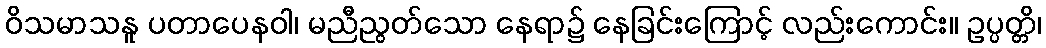
ဝိသမာသနူ ပတာပေနဝါ၊ မညီညွတ်သော နေရာ၌ နေခြင်းကြောင့် လည်းကောင်း။ ဥပ္ပတ္တိ၊